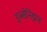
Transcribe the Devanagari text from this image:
इब्सेनिझम